Indian Medical Review
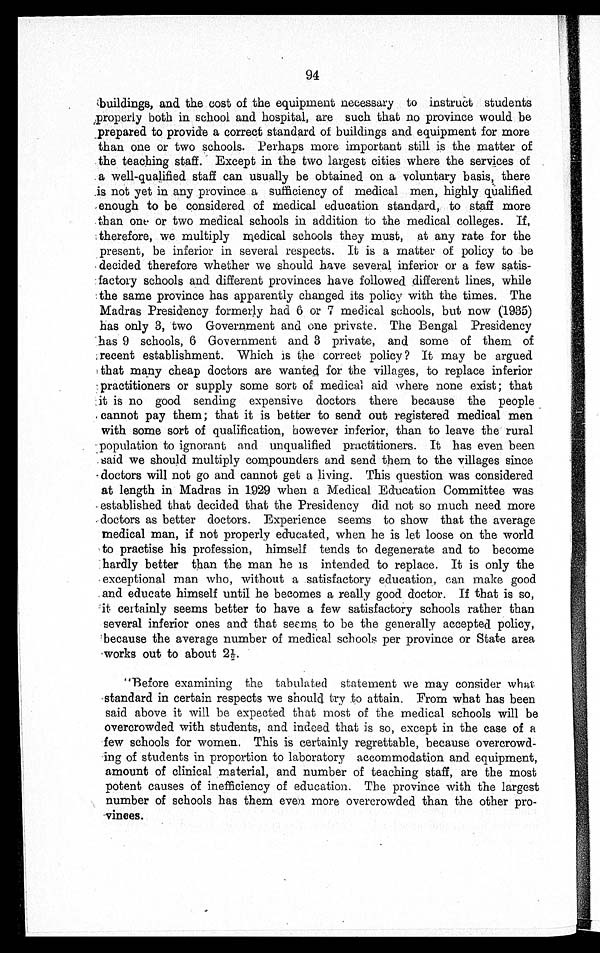
94
buildings, and the cost of the equipment necessary to instruct students
p r o p e r l y b o t h i n s c h o o l a n d h o s p i t a l , a r e s u c h t h a t n o p r o v i n c e w o u l d b e
p r e p a r e d t o p r o v i d e a c o r r e c t s t a n d a r d o f b u i l d i n g s a n d e q u i p m e n t f o r m o r e
than one or two schools. Perhaps more important still is the matter of
the teaching staff. Except in the two largest cities where the services of
a well-qualified staff can usually be obtained on a voluntary basis, there
is not yet in any province a sufficiency of medical men, highly qualified
enough to be considered of medical education standard, to staff more
than one or two medical schools in addition to the medical colleges. If,
t h e r e f o r e , w e m u l t i p l y m e d i c a l s c h o o l s t h e y m u s t , a t a n y r a t e f o r t h e
present, be inferior in several respects. It is a matter of policy to be
decided therefore whether we should have several inferior or a few satis-
factory schools and different provinces have followed different lines, while
the same province has apparently changed its policy with the times. The
Madras Presidency formerly had 6 or 7 medical schools, but now (1935)
has only 3, two Government and one private. The Bengal Presidency
h a s 9 s c h o o l s , 6 G o v e r n m e n t a n d 3 p r i v a t e , a n d s o m e o f t h e m o f
r e c e n t e s t a b l i s h m e n t . W h i c h i s t h e c o r r e c t p o l i c y ? I t m a y b e a r g u e d
that many cheap doctors are wanted for the villages, to replace inferior
practitioners or supply some sore of medical aid where none exist; that
it is no good sending expensive doctors there because the people
cannot pay them; that it is better to send out registered medical men
with some sort of qualification, however inferior, than to leave the rural
population to ignorant and unqualified practitioners. It has even been
said we should multiply compounders and send them to the villages since
doctors will not go and cannot get a living. This question was considered
at length in Madras in 1929 when a Medical Education Committee was
established that decided that the Presidency did not so much need more
doctors as better doctors. Experience seems to show that the average
medical man, if not properly educated, when he is let loose on the world
to practise his profession, himself tends to degenerate and to become
hardly better than the man he is intended to replace. It is only the
exceptional man who, without a satisfactory education, can make good
and educate himself until he becomes a really good doctor. If that is so,
it certainly seems better to have a few satisfactory schools rather than
several inferior ones and that seems to be the generally accepted policy,
because the average number of medical schools per province or State area
works out to about 2½.
"Before examining the tabulated statement we may consider what
standard in certain respects we should try to attain. From what has been
said above it will be expected that most of the medical schools will be
overcrowded with students, and indeed that is so, except in the case of a
few schools for women. This is certainly regrettable, because overcrowd-
ing of students in proportion to laboratory accommodation and equipment,
amount of clinical material, and number of teaching staff, are the most
potent causes of inefficiency of education. The province with the largest
number of schools has them even more overcrowded than the other
p r o - v i c e s .